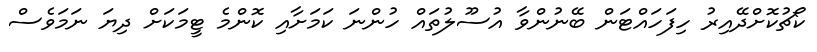
ކޯޗުކޮށްދޭއިރު ހިފަހައްޓަން ބޭނުންވާ އުސޫލުތައް ހުންނަ ކަމަށާއި ކޮންމެ ޓީމަކަށް ދިޔަ ނަމަވެސް